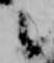
之